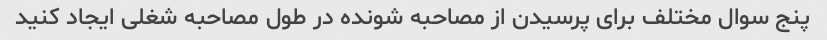
پنج سوال مختلف برای پرسیدن از مصاحبه شونده در طول مصاحبه شغلی ایجاد کنید